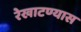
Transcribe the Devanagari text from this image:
रेखाटण्यास